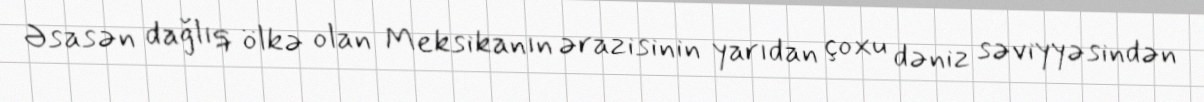
Əsasən dağlıq ölkə olan Meksikanın ərazisinin yarıdan çoxu dəniz səviyyəsindən